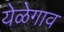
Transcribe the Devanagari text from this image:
येळेगाव